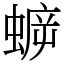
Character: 蝷